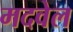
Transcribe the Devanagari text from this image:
मदवेल